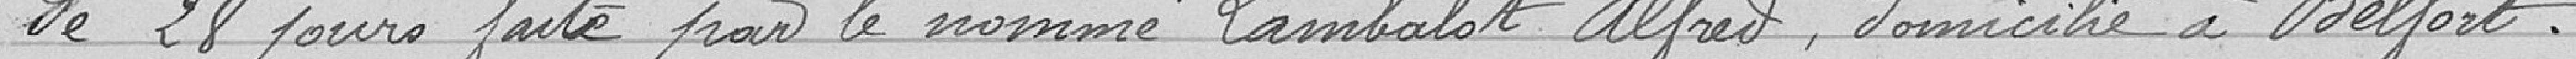
de 28 jours faite par le nommé Lambalot Alfred, domicilié à Belfort.